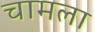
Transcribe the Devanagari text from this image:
चामला